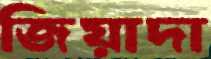
জিয়াদা